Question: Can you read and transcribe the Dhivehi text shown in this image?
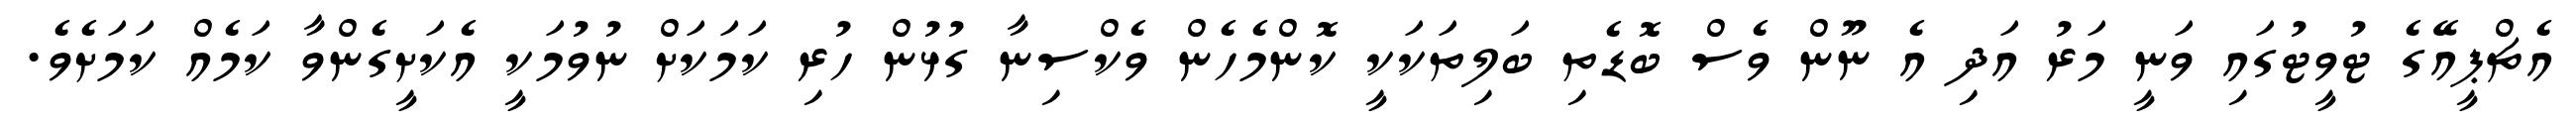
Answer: އެޗްޕީއޭގެ ޓުވީޓުގައި ވަނީ މަރު އަދި އެ ނޫން ވެސް ބޮޑެތި ބަލިތަކަކީ ކޮންމެހެން ވެކްސިނާ ގުޅުން ހުރި ކަމަކަށް ނުވުމަކީ އެކަށީގެންވާ ކަމެއް ކަމަށެވެ.